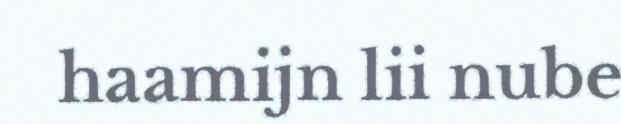
haamijn lii nube